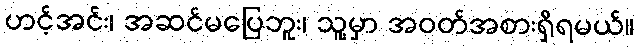
ဟင့်အင်း၊ အဆင်မပြေဘူး၊ သူ့မှာ အဝတ်အစားရှိရမယ်။